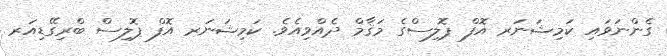
ގެންނަވައި ކަމިޝަނަރ އޮފް ޕޮލިސްގެ މަޤާމް ދެއްވިއެވެ. ކަމިޝަނަރ އޮފް ޕޮލިސް ބްރިގޭޑިއަރ